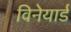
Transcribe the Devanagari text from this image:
विनेयार्ड